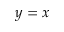
y = x